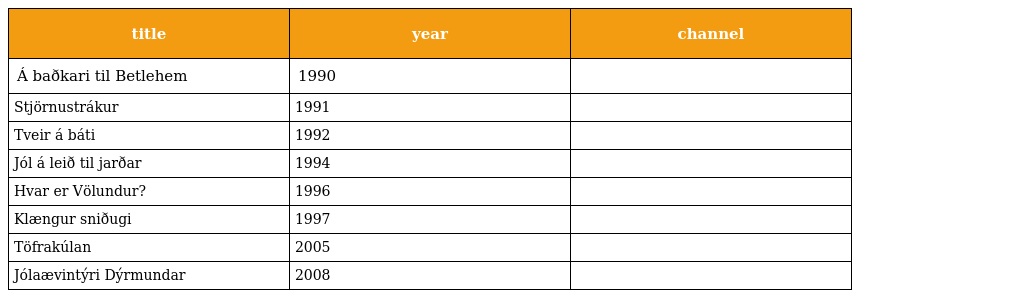
| title | year | channel |
 | --- | --- | --- |
 | Á baðkari til Betlehem | 1990 |  |
 | Stjörnustrákur | 1991 |  |
 | Tveir á báti | 1992 |  |
 | Jól á leið til jarðar | 1994 |  |
 | Hvar er Völundur? | 1996 |  |
 | Klængur sniðugi | 1997 |  |
 | Töfrakúlan | 2005 |  |
 | Jólaævintýri Dýrmundar | 2008 |  |